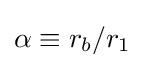
\alpha \equiv r_{b}/r_{1}